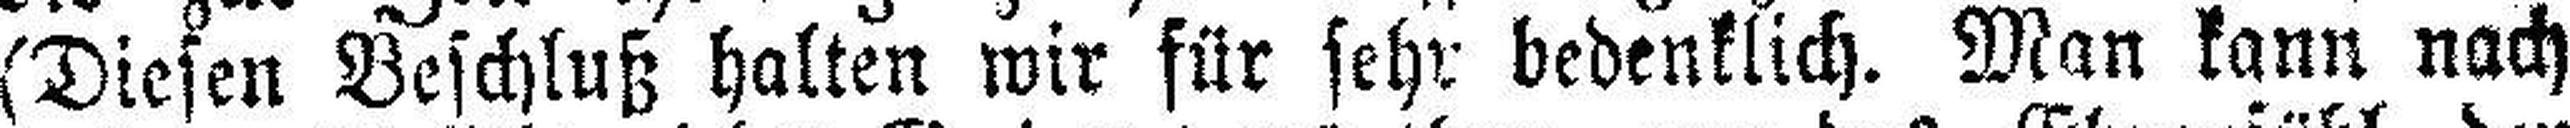
(Diesen Beschluß halten wir für sehr bedenklich. Man kann nach